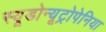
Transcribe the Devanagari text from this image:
स्यूडोन्यूट्रोपेनिया